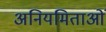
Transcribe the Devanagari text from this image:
अनियमिताओं